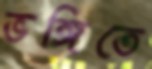
ভঙ্গিতে